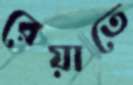
রেয়াতে